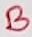
Text: B